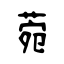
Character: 菀